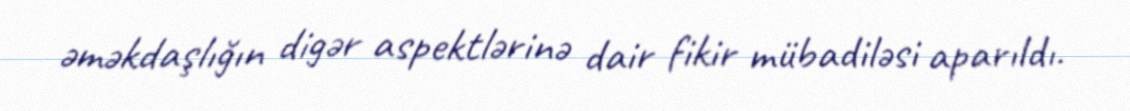
əməkdaşlığın digər aspektlərinə dair fikir mübadiləsi aparıldı.